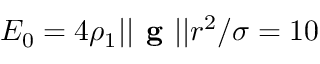
E _ { 0 } = 4 \rho _ { 1 } | | \textbf { g } | | r ^ { 2 } / \sigma = 1 0